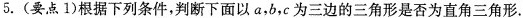
5. (要点1)根据下列条件，判断下面以a，b，c为三边的三角形是否为直角三角形.